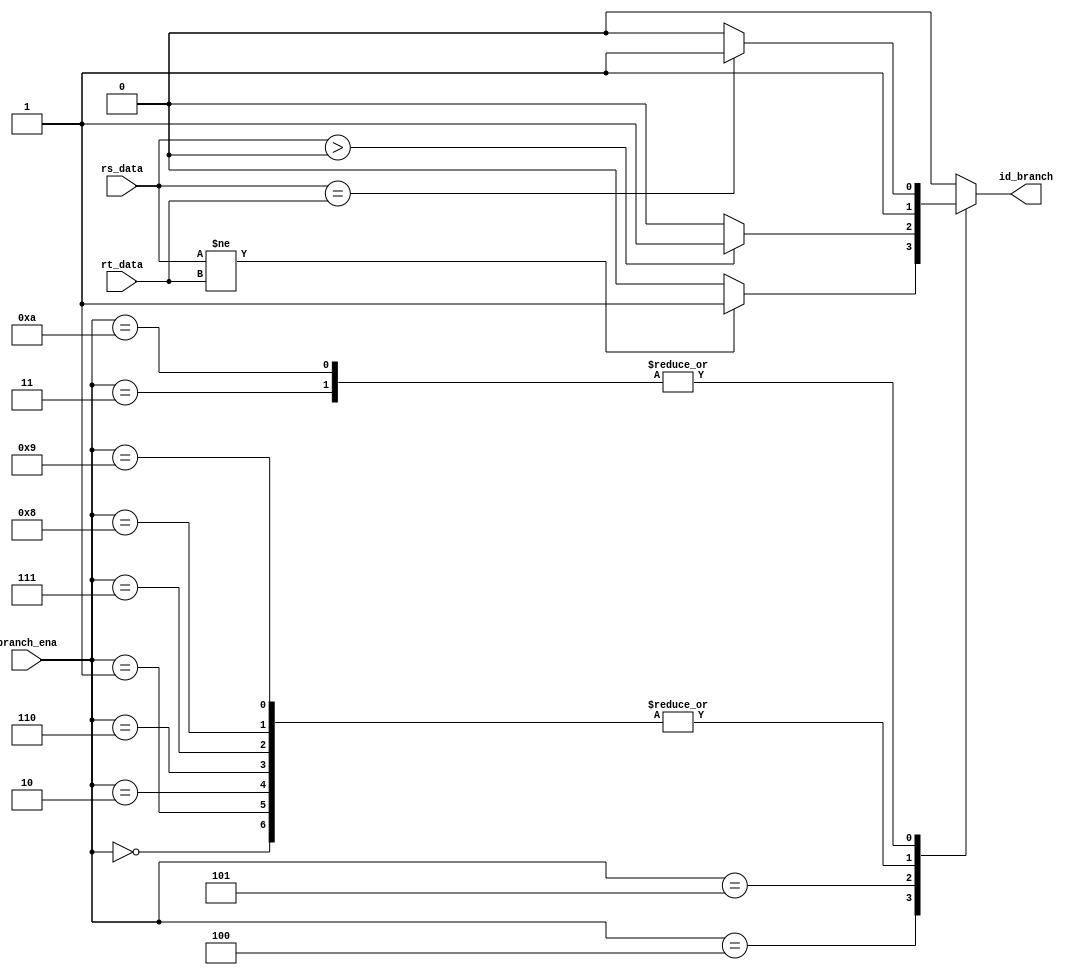
module BranchJudger
(
    rs_data,
    rt_data,
    branch_ena,
    id_branch
);
    input [31:0]rs_data;
    input [31:0]rt_data;
    input [3:0]branch_ena;
    output reg id_branch;

    always @(*) begin
        case (branch_ena)
            //JR
            4'b0000:begin
                id_branch <= 1'b1;
            end 
            //J
            4'b0001:begin
                id_branch <= 1'b1;
            end 
            //JAL
            4'b0010:begin
                id_branch <= 1'b1;
            end 
            //BEQ
            4'b0011:begin
                if (rs_data == rt_data) begin
                    id_branch <= 1'b1;
                end 
                else begin
                    id_branch <= 1'b0;
                end
            end 
            //BNE
            4'b0100:begin
                if (rs_data != rt_data) begin
                    id_branch <= 1'b1;
                end 
                else begin
                    id_branch <= 1'b0;
                end
            end 
            //BGEZ
            4'b0101:begin
                if (rs_data > 32'd0) begin
                    id_branch <= 1'b1;
                end 
                else begin
                    id_branch <= 1'b0;
                end
            end 
            //JALR
            4'b0110:begin
                id_branch <= 1'b1;
            end 
            //BREAK
            4'b0111:begin
                id_branch <= 1'b1;
            end 
            //SYSCALL
            4'b1000:begin
                id_branch <= 1'b1;
            end 
            //ERET
            4'b1001:begin
                id_branch <= 1'b1;
            end 
            //TEQ
            4'b1010:begin
                if (rs_data == rt_data) begin
                    id_branch <= 1'b1;
                end 
                else begin
                    id_branch <= 1'b0;
                end
            end 
            default:begin
                id_branch <= 1'b0;
            end 
        endcase
    end

endmodule